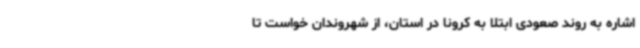
اشاره به روند صعودی ابتلا به کرونا در استان، از شهروندان خواست تا